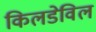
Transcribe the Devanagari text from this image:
किलडेविल